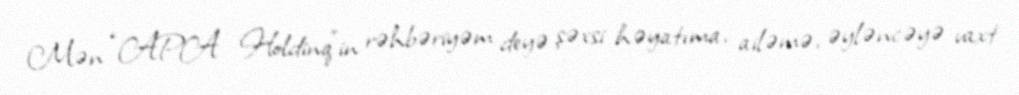
Mən “APA Holdinq”in rəhbəriyəm deyə şəxsi həyatıma, ailəmə, əyləncəyə vaxt